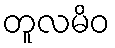
တူလမိဝ